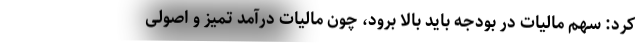
کرد: سهم مالیات در بودجه باید بالا برود، چون مالیات درآمد تمیز و اصولی